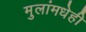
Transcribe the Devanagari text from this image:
मुलांमधेही